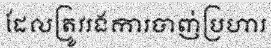
ដែលត្រូវរងការបាញ់ប្រហារ